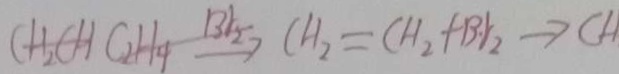
C H _ { 2 } C H C _ { 2 } H _ { 4 } \xrightarrow { B r _ { 2 } } C H _ { 2 } + B r _ { 2 } \rightarrow C H